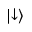
| { \downarrow } \rangle